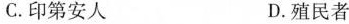
C. 印第安人 D. 殖民者